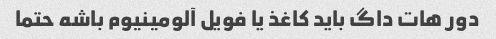
دور هات داگ باید کاغذ یا فویل آلومینیوم باشه حتما